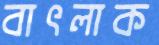
বাৎলাক